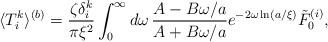
LaTeX: \begin{align*}\langle T_i^k\rangle ^{(b)}=\frac{\zeta \delta _i^k}{\pi \xi ^2}\int _{0}^{\infty }d\omega \, \frac{A-B\omega /a}{A+B\omega /a}e^{-2\omega \ln (a/\xi )}\tilde F_0^{(i)},\end{align*}